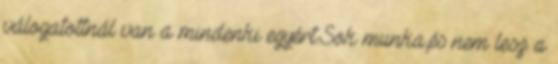
válogatottnál van a mindenki egyért.Sok munka,és nem lesz a